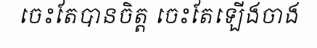
ចេះតែបានចិត្ត ចេះតែឡើងចាង